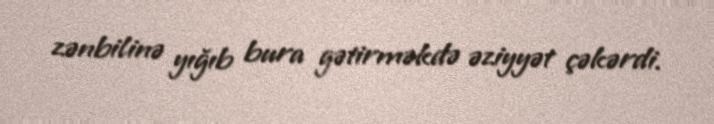
zənbilinə yığıb bura gətirməkdə əziyyət çəkərdi.